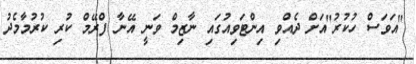
"އަވަސް ހުކުރު"އަށް ދެއްވި އިންޓަވިއުގައި ނާޒިމް ވަނީ އޭނާ ފްރޭމް ކުރި ކުރުމާމެދު